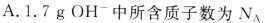
A.1.7g OH^{-}中所含质子数为N_{A}